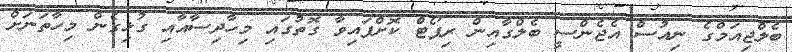
ބެލްޖިއަމްގެ ނިއުސް އެޖެންސީ ބެލްގާއިން ރިޕޯޓް ކޮށްފައިވާ ގޮތުގައި މިހާދިސާއާއި ގުޅިގެން މިހާތަނަށް